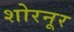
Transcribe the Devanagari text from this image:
शोरनूर